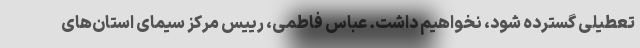
تعطیلی گسترده شود، نخواهیم داشت. عباس فاطمی، رییس مرکز سیمای استان‌های